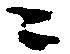
ニ